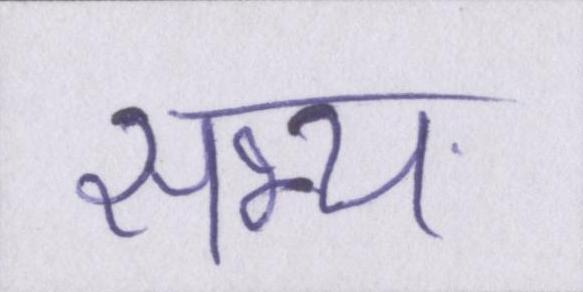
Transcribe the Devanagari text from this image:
सभ्य